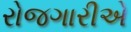
રોજગારીએ